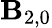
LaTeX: \mathbf{B}_{2,0}